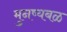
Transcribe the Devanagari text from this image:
मुनष्यबळ